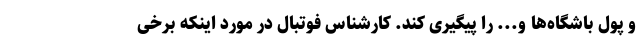
و پول باشگاه‌ها و... را پیگیری کند. کارشناس فوتبال در مورد اینکه برخی